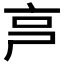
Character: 𠅏